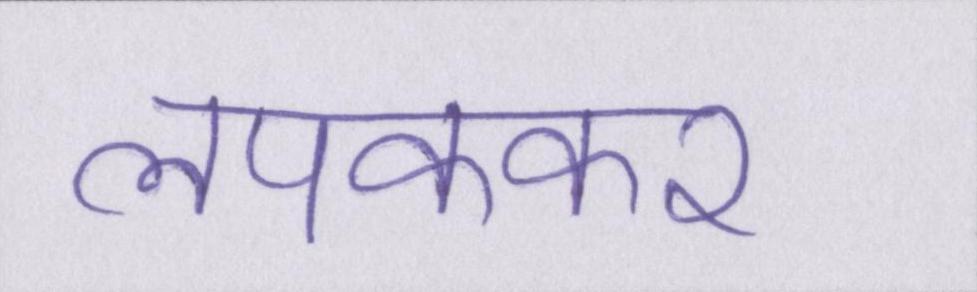
लपककर